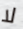
لا